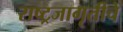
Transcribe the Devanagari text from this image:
राष्ट्रजागृतीचे